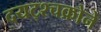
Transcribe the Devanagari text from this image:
दयट्श्चक्रोने